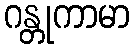
ဂန္တုကာမာ